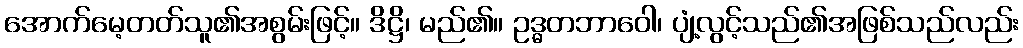
အောက်မေ့တတ်သူ၏အစွမ်းဖြင့်။ ဒိဋ္ဌိ၊ မည်၏။ ဥဒ္ဓတဘာဝေါ၊ ပျံ့လွင့်သည်၏အဖြစ်သည်လည်း